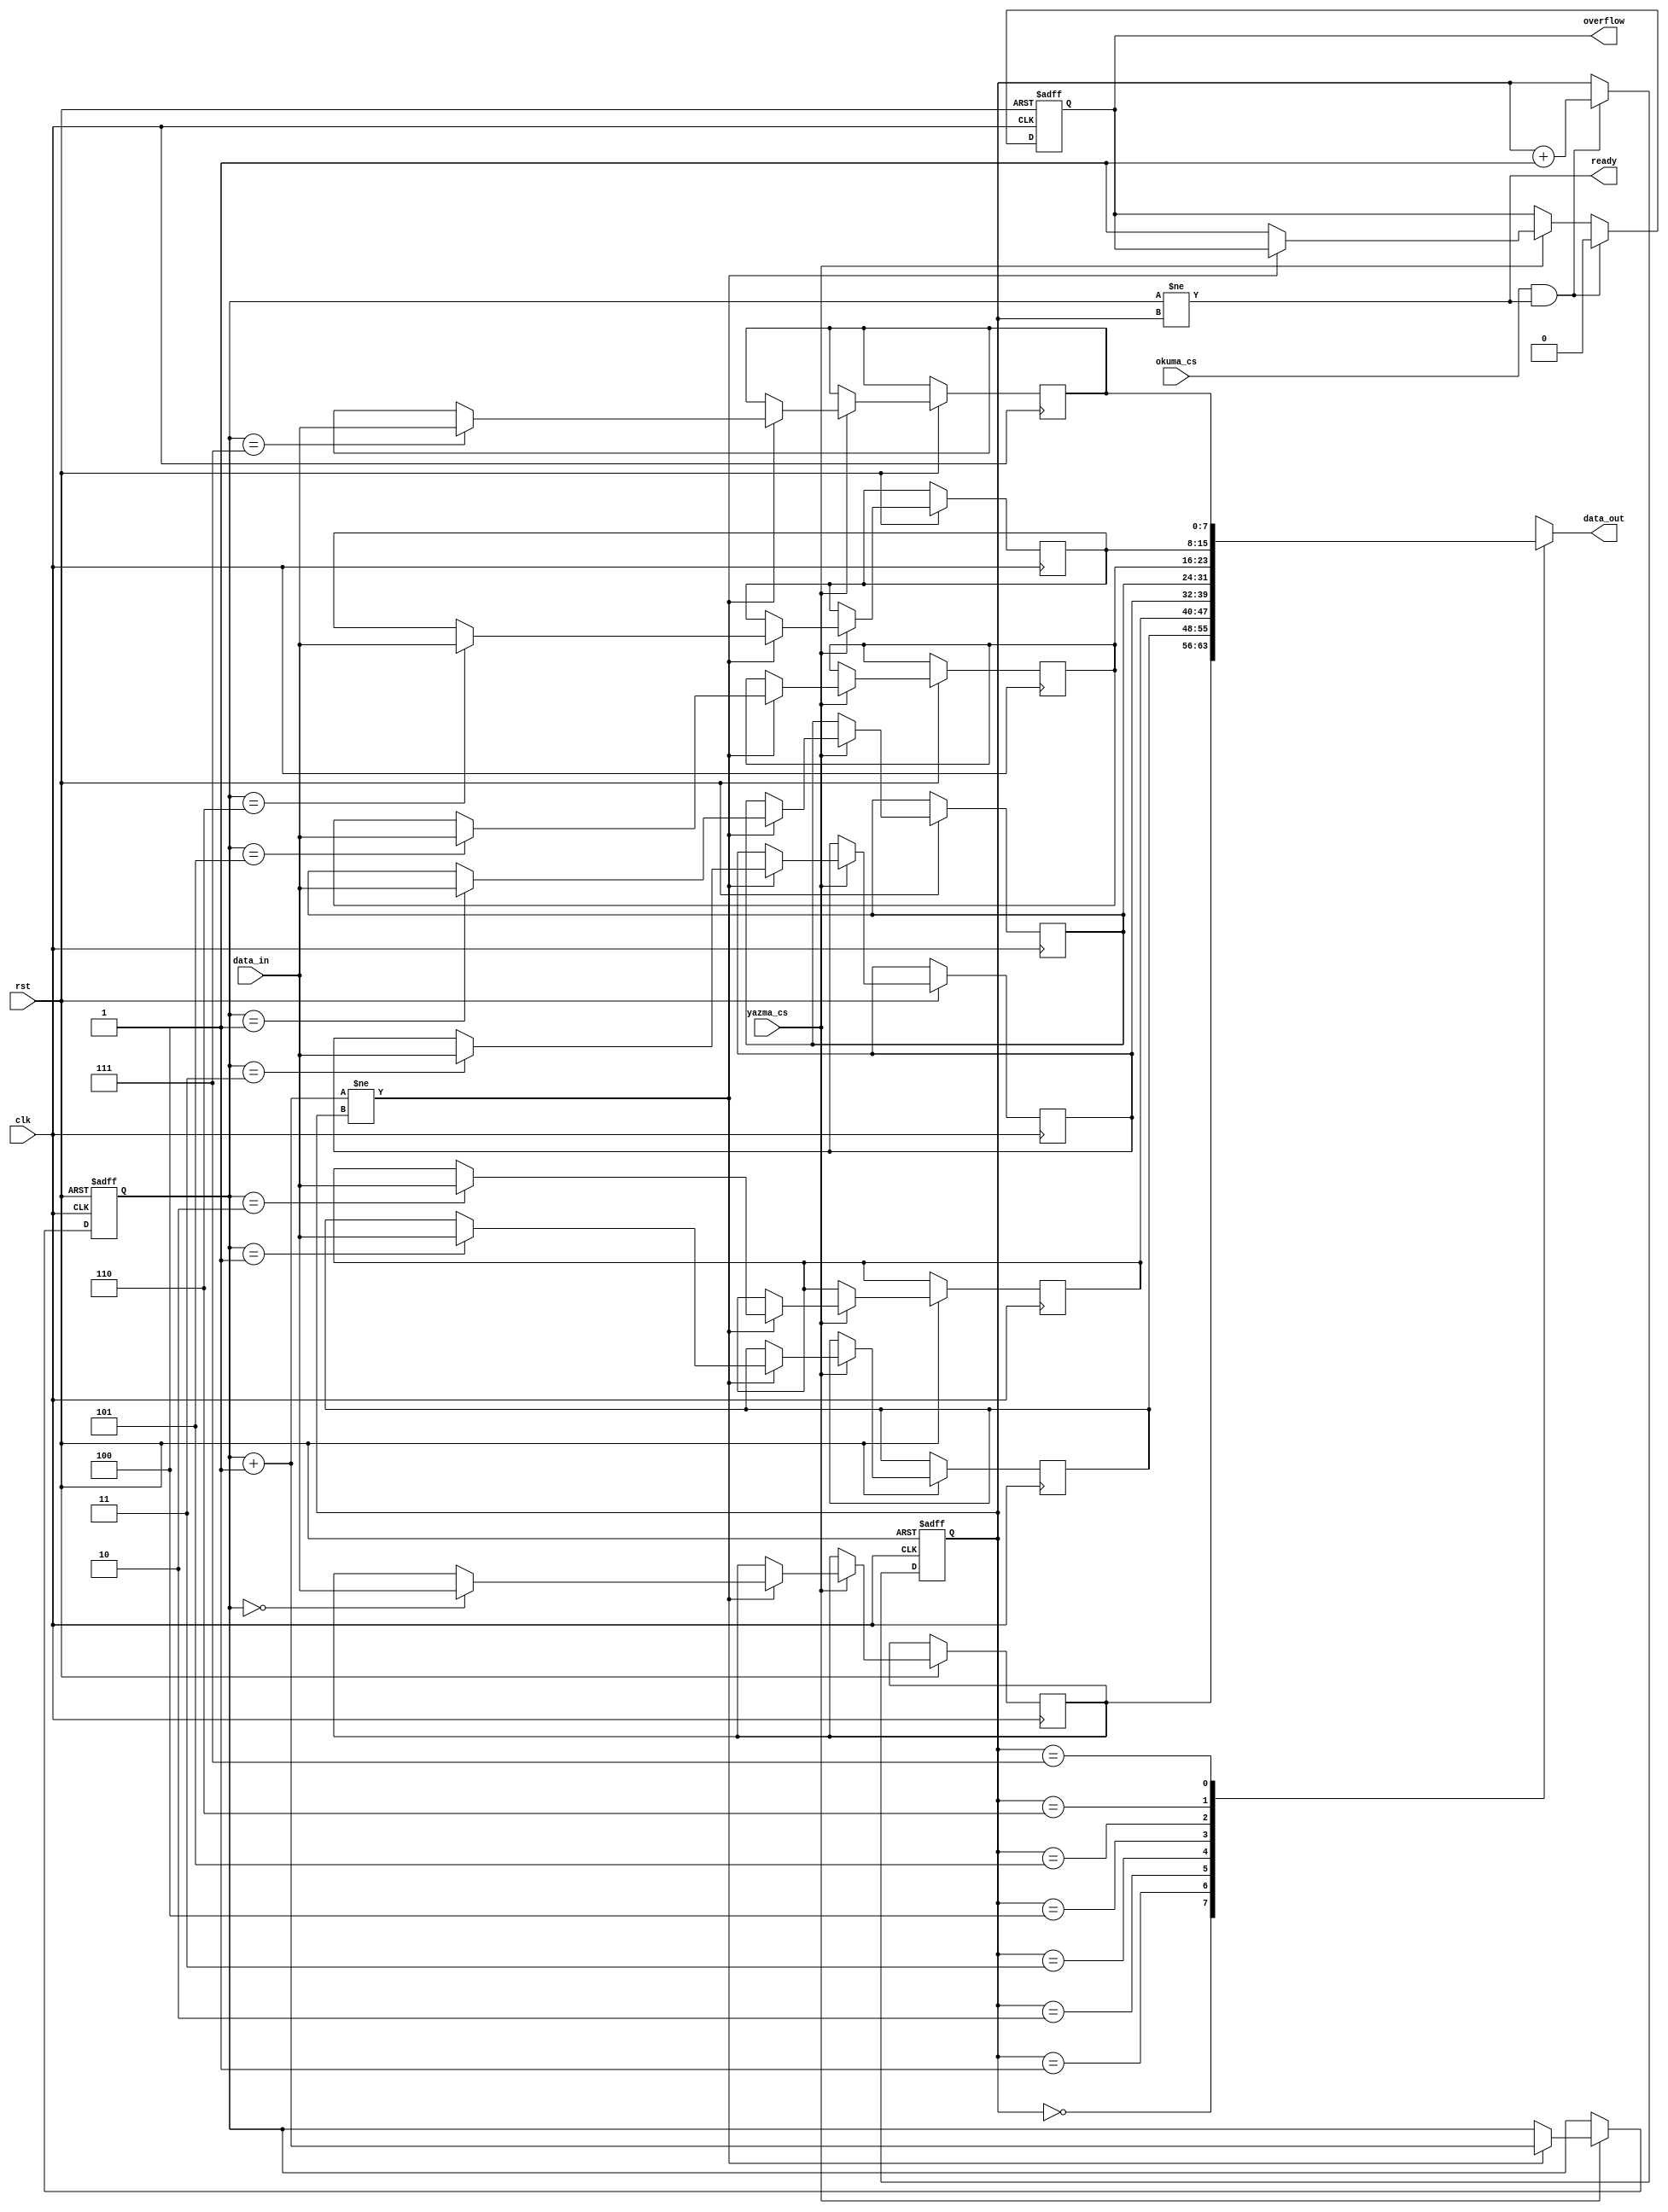
`timescale 1ns / 1ps

module fifo(clk, rst, okuma_cs,yazma_cs, data_in, data_out, ready, overflow );

	input rst, clk, okuma_cs, yazma_cs;
	input  [7 : 0] data_in;
	output [7 : 0] data_out;
	output  ready;
	output reg overflow;
	
	//fifo buffer depth
	reg [7 : 0] fifo_buff [7 : 0]; //yazma_ptr ve okuma_ptr [2 : 0] -----> derinlik 2^n
	reg  [2 : 0] yazma_ptr;
	reg  [2 : 0] okuma_ptr;
	
	always @(posedge clk or negedge rst) begin
		if(!rst) begin              //rst 0 iken butun degerler 0 landi
			yazma_ptr <= 0;
			okuma_ptr <= 0;
			overflow  <= 0;
			
		end else begin
			if(yazma_cs) begin   //fifo ya yazma aktifse
				if((yazma_ptr + 3'b1) != (okuma_ptr)) begin  //
					fifo_buff[yazma_ptr] <= data_in;
					yazma_ptr <= yazma_ptr + 3'd1;
			     end else begin
					overflow <= 1;
				end
			end
			if(okuma_cs && ready) begin
				okuma_ptr <= okuma_ptr + 3'd1;
				overflow <= 0;
			end
		end
	end

	assign ready    = (yazma_ptr != okuma_ptr);
	assign data_out = fifo_buff[okuma_ptr];
		
endmodule